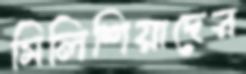
মিলিশিয়াদের